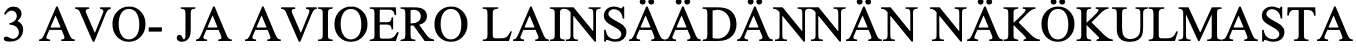
3 AVO- JA AVIOERO LAINSÄÄDÄNNÄN NÄKÖKULMASTA